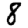
Digit: 8